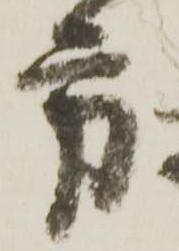
方